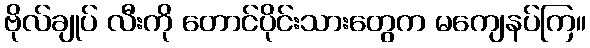
ဗိုလ်ချုပ် လီးကို တောင်ပိုင်းသားတွေက မကျေနပ်ကြ။